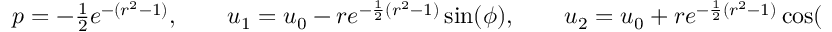
\begin{array} { r } { p = - \frac { 1 } { 2 } e ^ { - ( r ^ { 2 } - 1 ) } , \qquad u _ { 1 } = u _ { 0 } - r e ^ { - \frac { 1 } { 2 } ( r ^ { 2 } - 1 ) } \sin ( \phi ) , \qquad u _ { 2 } = u _ { 0 } + r e ^ { - \frac { 1 } { 2 } ( r ^ { 2 } - 1 ) } \cos ( \phi ) , } \end{array}